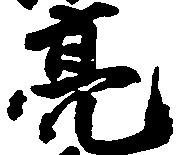
亮